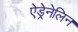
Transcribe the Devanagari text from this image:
ऐड्रेनेलिन